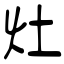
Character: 灶